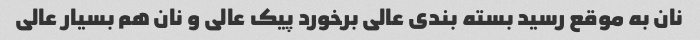
نان به موقع رسید بسته بندی عالی برخورد پیک عالی و نان هم بسیار عالی